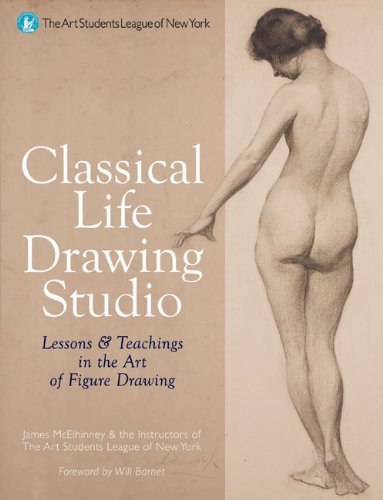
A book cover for Classical Life Drawing Studio: Lessons & Teachings in the Art of Figure Drawing (The Art Students League of New York); James Lancel McElhinney; Arts & Photography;